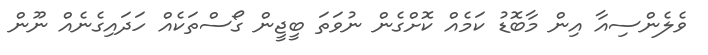
ވެލެންސިއާ އިން މާބޮޑު ކަމެއް ކޮށްގެން ނުވަތަ ބީޖީން ގޯސްތަކެއް ހަދައިގެނެއް ނޫން